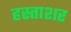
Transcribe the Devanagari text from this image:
हस्ताशर